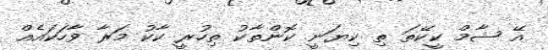
އޭ ޝާމް ކީކޭތަ ތި ކިޔަނީ ކޮންތާކު ތިހުރީ ކާކު މަރާ ވާހަކައެއް